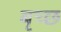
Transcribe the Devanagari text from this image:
बृच्‍छ